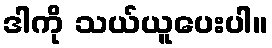
ဒါကို သယ်ယူပေးပါ။